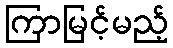
ကြာမြင့်မည့်